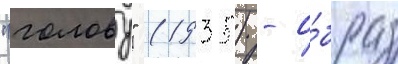
"голову" (1935) - о́браз